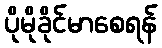
ပိုမိုခိုင်မာစေရန်